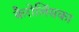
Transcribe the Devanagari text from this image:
कैरोलिंसका